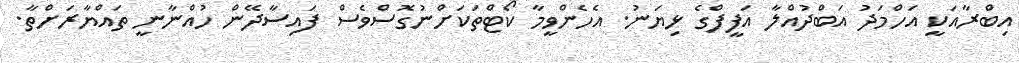
އިބްރާއަކީ އަހްމަދު އަބްދުއްލާ އަފީފްގެ ޅިޔަނު. އެހެންވީމާ ކޯޓްތަކަށްނުގޮސްވެސް ފައިސާދޭން ހުއްނާނީ ތައްޔާރަށްތާ.